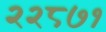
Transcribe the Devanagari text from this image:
२२८७१